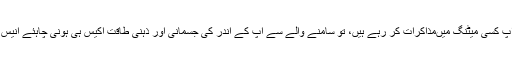
جب آپ کسی میٹنگ میںمذاکرات کر رہے ہیں، تو سامنے والے سے آپ کے اندر کی جسمانی اور ذہنی طاقت اکیس ہی ہونی چاہئے انیس نہیں۔